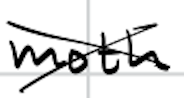
Text: moth
Cross-out: cross
Writing tool: digital_black